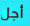
أجل